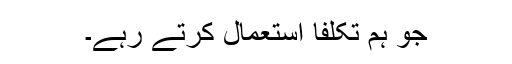
جو ہم تکلفاً استعمال کرتے رہے۔